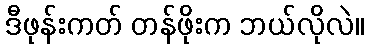
ဒီဖုန်းကတ် တန်ဖိုးက ဘယ်လိုလဲ။